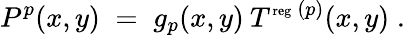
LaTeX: P^{p}(x,y)\; =\; g_{p}(x,y)\: T^{\mathrm{\scriptsize{reg}}\: (p)}(x,y)\; .